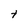
Character: I